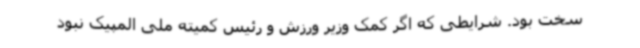
سخت بود. شرایطی که اگر کمک وزیر ورزش و رئیس کمیته ملی المپیک نبود